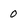
Character: 0